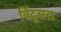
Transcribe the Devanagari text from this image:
बिंदूसरा